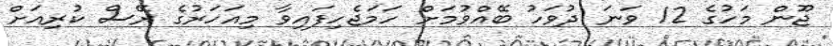
ޖޫން މަހުގެ 12 ވަނަ ދުވަހު ބޭއްވުމަށް ހަމަޖެހިފައިވާ މިއަހަރުގެ ރޭސް ކުރިއަށް